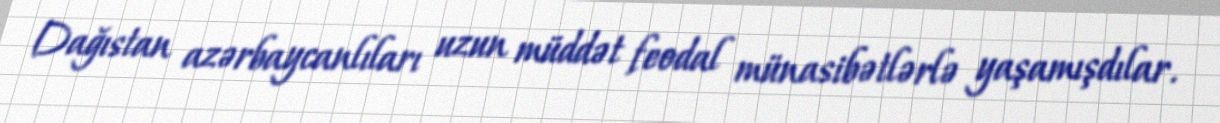
Dağıstan azərbaycanlıları uzun müddət feodal münasibətlərlə yaşamışdılar.